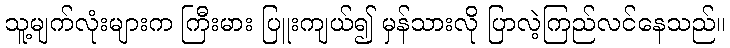
သူ့မျက်လုံးများက ကြီးမား ပြူးကျယ်၍ မှန်သားလို ပြာလဲ့ကြည်လင်နေသည်။